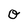
Character: O